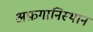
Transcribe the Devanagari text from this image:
अफ़गानिस्थान